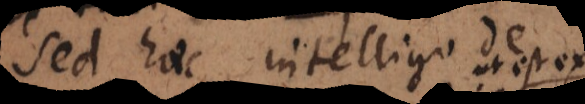
Sed haec intelligo de